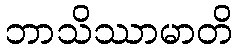
ဘာသိဿာမာတိ